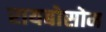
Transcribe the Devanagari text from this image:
रायबोसोम